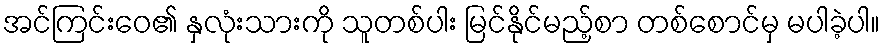
အင်ကြင်းဝေ၏ နှလုံးသားကို သူတစ်ပါး မြင်နိုင်မည့်စာ တစ်စောင်မှ မပါခဲ့ပါ။